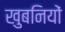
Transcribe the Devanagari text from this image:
खुबनियों